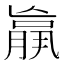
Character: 𮌩